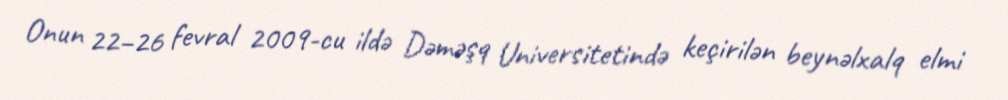
Onun 22–26 fevral 2009-cu ildə Dəməşq Universitetində keçirilən beynəlxalq elmi